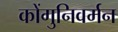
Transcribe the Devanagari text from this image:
कोंगुनिवर्मन